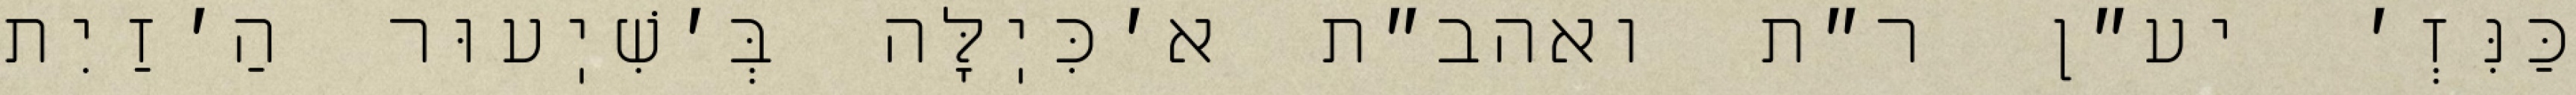
כַּנִּזְ׳ יע״ן ר״ת ואהב״ת א׳כִּיֽלָּה בְּ׳שִׁיֽעוּר הַ׳זַיִת